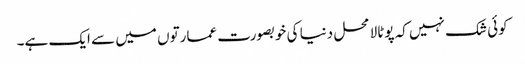
کوئی شک نہیں کہ پوٹالا محل دنیا کی خوبصورت عمارتوں میں سے ایک ہے۔